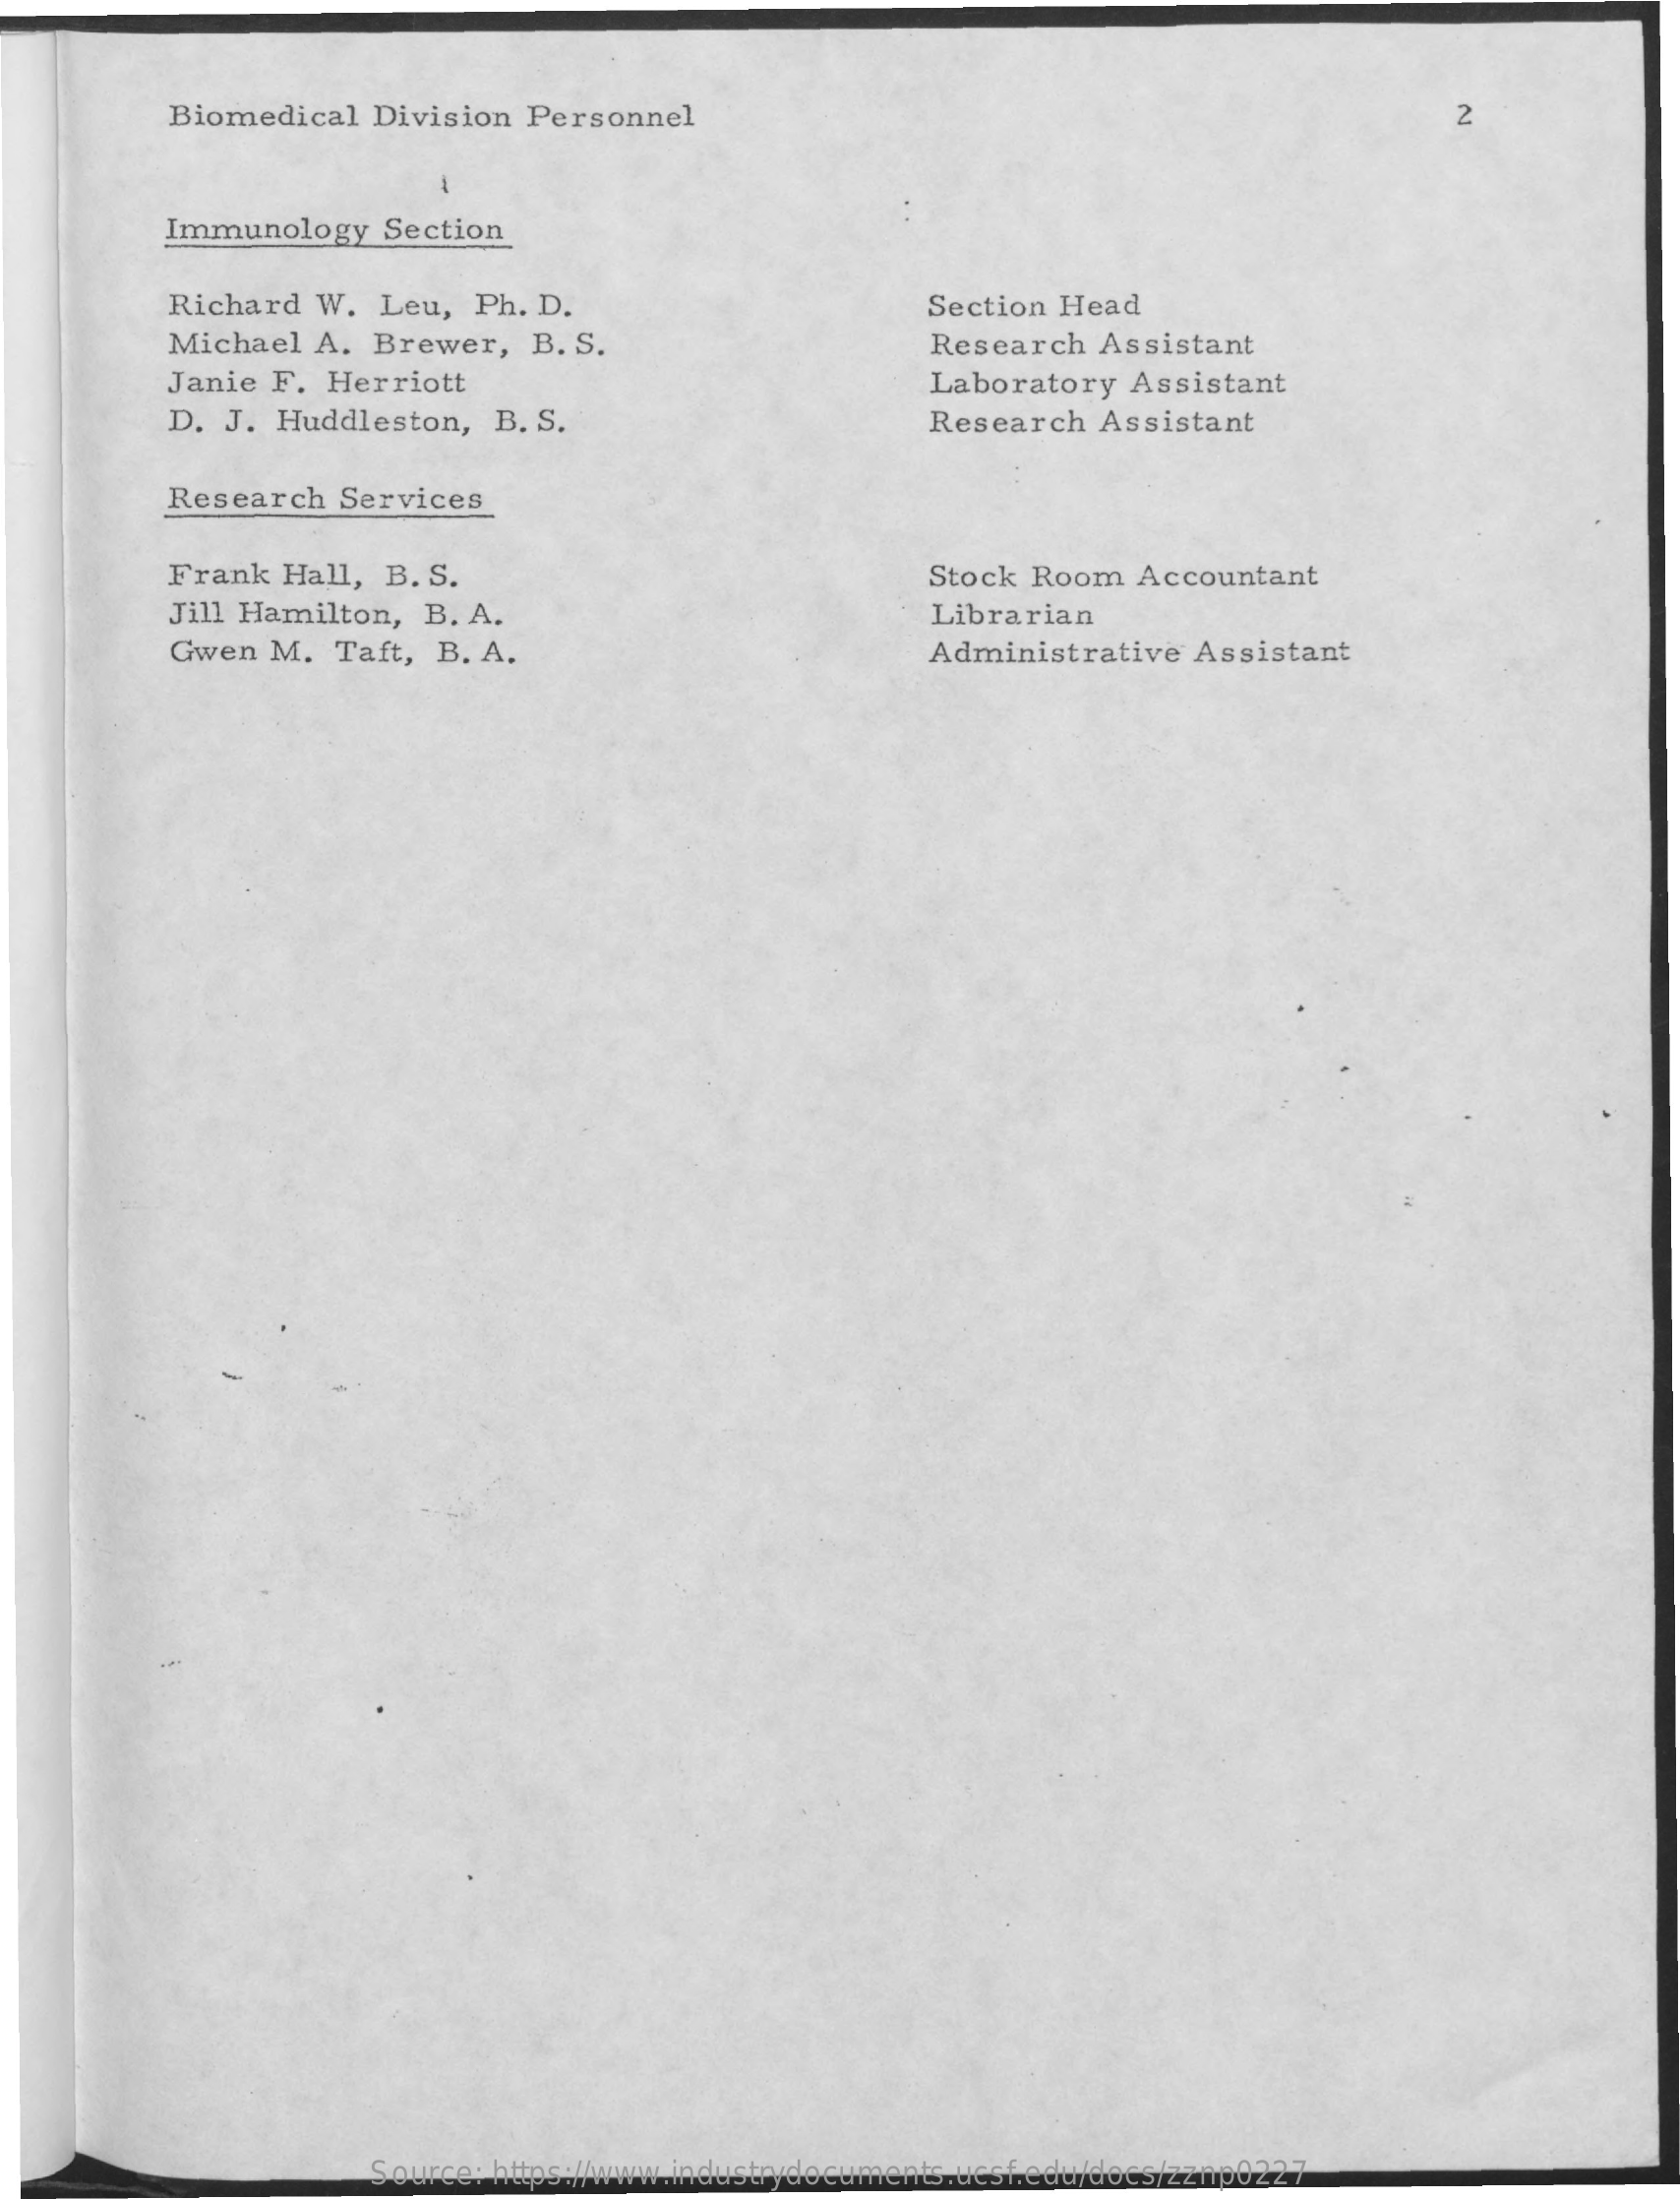
Biomedical  Division  Personnel    2
     Immunology   Section
     Richard  W.  Leu,  Ph. D.    Section Head
     Michael  A. Brewer,   B. S.    Research  Assistant
     Janie F. Herriott    Laboratory  Assistant
     D. J. Huddleston,   B. S.    Research  Assistant
     Research  Services
     Frank  Hall, B. S.    Stock Room   Accountant
     Jill Hamilton,  B. A.    Librarian
     Gwen  M.  Taft, B. A.    Administrative  Assistant
     Source: https://www.industrydocuments.ucsf.edu/docs/zznp0227